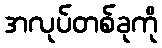
အလုပ်တစ်ခုကို